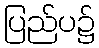
ပြည်ပ၌